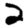
Digit: 2